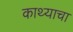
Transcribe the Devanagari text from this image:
काथ्याचा